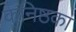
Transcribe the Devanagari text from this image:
कनिष्ठका